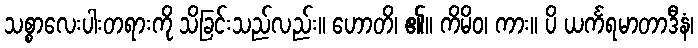
သစ္စာလေးပါးတရားကို သိခြင်းသည်လည်း။ ဟောတိ၊ ၏။ ကိမိဝ၊ ကား။ ပိ ယင်္ကရမာတာဒီနံ၊